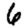
Digit: 6